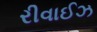
રીવાઈઝ